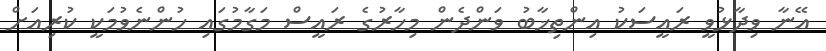
އޭނާ ވިދާޅުވީ ރައީސަކު އިންތިޚާބު ވަންދެން މިހާރުގެ ރައީސް މަގާމުގައި ހުންނެވުމަކީ ކުރިއަށް